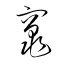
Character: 竈